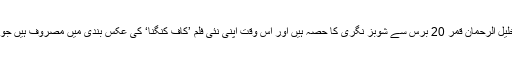
تفصیلات کے مطابق خلیل الرحمان قمر 20 برس سے شوبز نگری کا حصہ ہیں اور اس وقت اپنی نئی فلم ’کاف کنگنا‘ کی عکس بندی میں مصروف ہیں جو آخری مراحل میں ہے۔